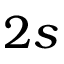
{ 2 s }